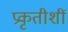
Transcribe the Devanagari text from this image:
प्रकृतीशीं